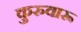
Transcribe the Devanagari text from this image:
कुरुवारू